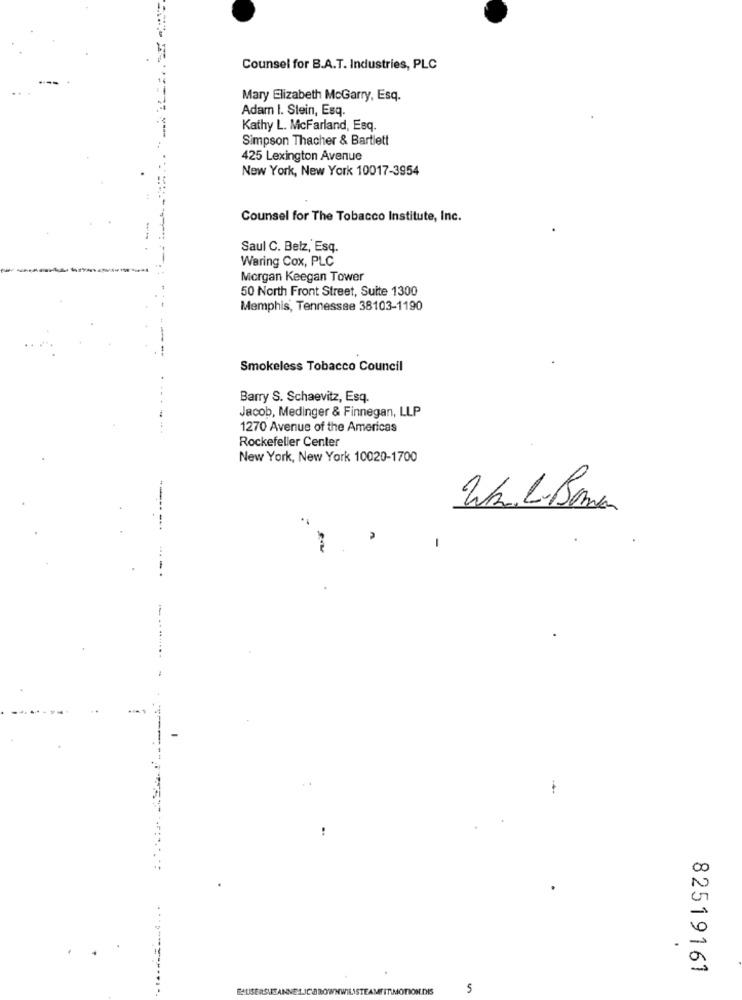
Counsel for B.A.T. Industries, PLC
Mary Elizabeth McGarry, Esq.
Adam I. Stein, Esq.
Kathy L. McFarland, Esq.
Simpson Thacher & Bartlett
425 Lexington Avenue
New York, New York 10017-3954
Counsel for The Tobacco Institute, Inc.
Saul C. Belz, Esq.
Waring Cox, PLC
Morgan Keegan Tower
50 North Front Street, Suite 1300
Memphis, Tennessee 38103-1190
Smokeless Tobacco Council
Barry S. Schaevitz, Esq.
Jacob, Medinger & Finnegan, LLP
1270 Avenue of the Americas
Rockefeller Center
New York, New York 10020-1700
Wr. L. Bana
-
---
82519161
5